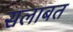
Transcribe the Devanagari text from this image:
सलाबत